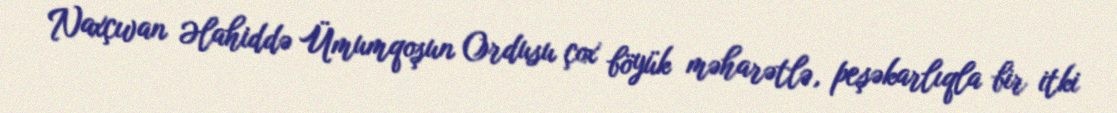
Naxçıvan Əlahiddə Ümumqoşun Ordusu çox böyük məharətlə, peşəkarlıqla bir itki